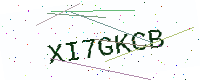
Text: XI7GKCB